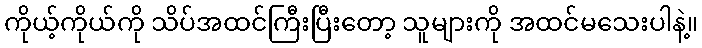
ကိုယ့်ကိုယ်ကို သိပ်အထင်ကြီးပြီးတော့ သူများကို အထင်မသေးပါနဲ့။